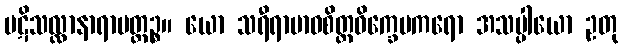
ပဋိသလ္လာနာရာမတ္ထဉ္စ။ ယော သရီရာဗာဓစိတ္တဝိက္ခေပကရော အသပ္ပါယော ဥတု